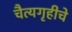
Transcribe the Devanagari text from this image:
चैत्यगृहीचे